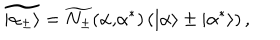
\widetilde { | \alpha _ { \pm } \rangle } = \widetilde { N _ { \pm } } ( \alpha \mathrm { , } \alpha ^ { * } ) \left( | \alpha \rangle \pm | \alpha ^ { * } \rangle \right) ,